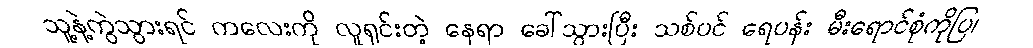
သူ့နဲ့ကွဲသွားရင် ကလေးကို လူရှင်းတဲ့ နေရာ ခေါ်သွားပြီး သစ်ပင် ရေပန်း မီးရောင်စုံကိုပြ၊